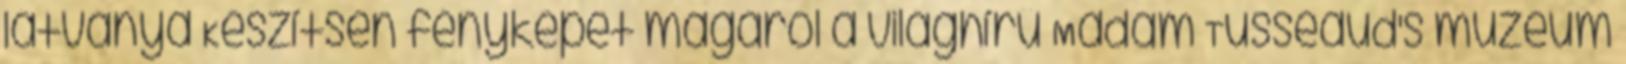
látványa Készítsen fényképet magáról a világhírű Madam Tusseaud's múzeum